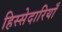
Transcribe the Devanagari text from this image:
हिस्सेदारियाँ